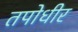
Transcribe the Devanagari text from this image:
तपोधीर